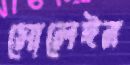
সোলেইন